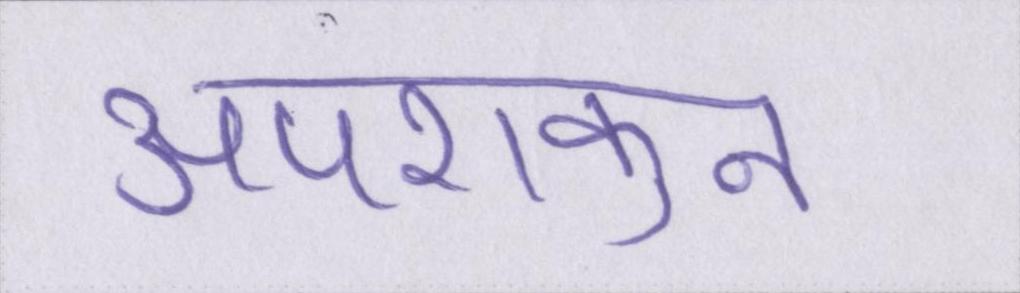
अपशकुन